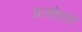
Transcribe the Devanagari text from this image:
प्रत्योत्तर